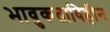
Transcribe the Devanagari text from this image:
भावुकताविहीन